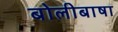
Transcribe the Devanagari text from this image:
बोलीबाषा